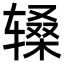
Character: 𬨑